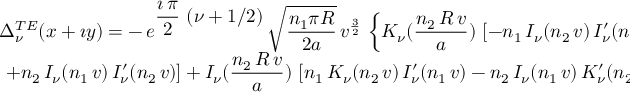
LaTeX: \begin{array} { c } { { \Delta _ { \nu } ^ { T E } ( x + \imath y ) = \displaystyle { - \, e ^ { \displaystyle { \frac { \imath \, \pi } { 2 } \, \left( \nu + 1 / 2 \right) } } \, { \sqrt { \frac { n _ { 1 } \pi R } { 2 a } } } \, } \displaystyle { { v } ^ { \frac { 3 } { 2 } } \, \left\{ K _ { \nu } ( \frac { n _ { 2 } \, R \, v } { a } ) \, \left[ - n _ { 1 } \, I _ { \nu } ( n _ { 2 } \, v ) \, I _ { \nu } ^ { \prime } ( n _ { 1 } \, v ) \right. \right. } } } \\ { { \displaystyle { \phantom { \frac { 1 } { 1 } } \left. \left. + n _ { 2 } \, I _ { \nu } ( n _ { 1 } \, v ) \, I _ { \nu } ^ { \prime } ( n _ { 2 } \, v ) \right] + I _ { \nu } ( \frac { n _ { 2 } \, R \, v } { a } ) \, \left[ n _ { 1 } \, K _ { \nu } ( n _ { 2 } \, v ) \, I _ { \nu } ^ { \prime } ( n _ { 1 } \, v ) - n _ { 2 } \, I _ { \nu } ( n _ { 1 } \, v ) \, K _ { \nu } ^ { \prime } ( n _ { 2 } \, v ) \right] \right\} } , } } \end{array}